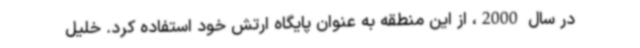
در سال 2000، از این منطقه به عنوان پایگاه ارتش خود استفاده کرد. خلیل